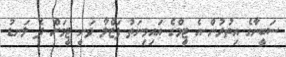
ސަބީނާގެ އިތުރުން އެ ޓީމްގެ އައިމިނަތު ފަޒްލާ ވަނީ ޓީމަށް ދެ ލަނޑު